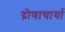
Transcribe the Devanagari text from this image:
द्रोणाचार्या